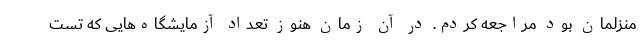
منزلمان بود مراجعه کردم. در آن زمان هنوز تعداد آزمایشگاه‌هایی که تست